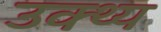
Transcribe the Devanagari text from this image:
उक्थ्य